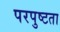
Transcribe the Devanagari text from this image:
परपुष्टता